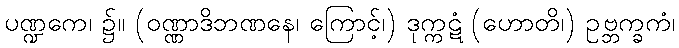
ပဏ္ဍကေ၊ ၌။ (ဝဏ္ဏာဒိဘဏနေ၊ ကြောင့်၊) ဒုက္ကဋံ (ဟောတိ၊) ဥဗ္ဘက္ခကံ၊